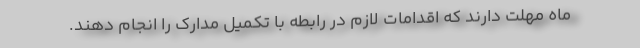
ماه مهلت دارند که اقدامات لازم در رابطه با تکمیل مدارک را انجام دهند.